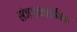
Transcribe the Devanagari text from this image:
संज्ञानात्मिक